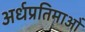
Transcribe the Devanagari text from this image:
अर्धप्रतिमाओं